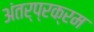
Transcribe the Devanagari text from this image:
अंतर्प्रक्रम